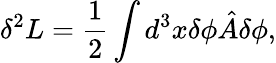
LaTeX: \delta^{2}L=\frac{1}{2}\int d^{3}x\delta\phi{\hat{A}}\delta\phi,